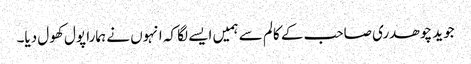
جوید چوھدری صاحب کے کالم سے ہمیں ایسے لگا کہ انہوں نے ہمارا پول کھول دیا۔